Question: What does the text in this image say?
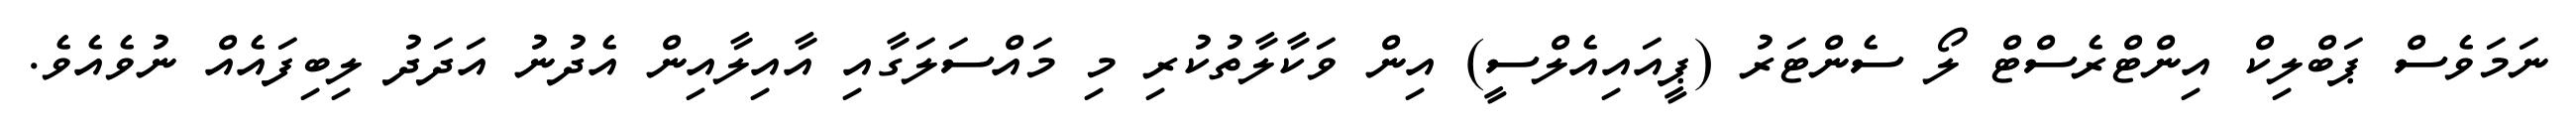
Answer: ނަމަވެސް ޕަބްލިކް އިންޓްރެސްޓް ލޯ ސެންޓަރު (ޕީއައިއެލްސީ) އިން ވަކާލާތުކުރި މި މައްސަލަގާއި އާއިލާއިން އެދުނު އަދަދު ލިބިފައެއް ނުވެއެވެ.